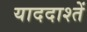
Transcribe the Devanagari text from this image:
याददाश्तें